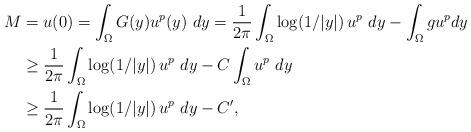
LaTeX: \begin{align*}M & =u(0) = \int_{\Omega} G(y) u^p(y) ~ dy = \frac{1}{2\pi} \int_{\Omega} \log(1/|y|)\, u^p ~ dy - \int_{\Omega} g u^p dy \\ & \geq \frac{1}{2\pi} \int_{\Omega} \log(1/|y|)\, u^p ~dy - C\int_{\Omega} u^p ~dy \\ & \geq \frac{1}{2\pi} \int_{\Omega} \log(1/|y|)\, u^p ~dy - C',\end{align*}